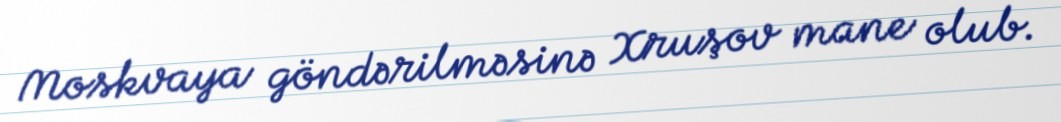
Moskvaya göndərilməsinə Xruşov mane olub.